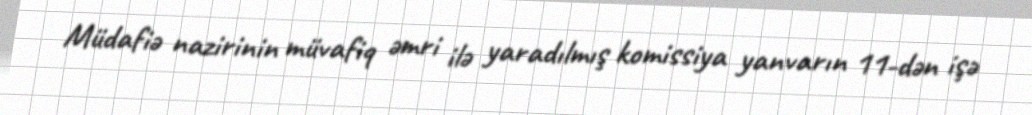
Müdafiə nazirinin müvafiq əmri ilə yaradılmış komissiya yanvarın 11-dən işə